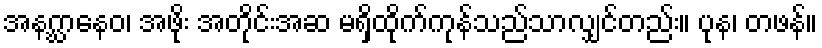
အနဂ္ဃာနေဝ၊ အဖိုး အတိုင်းအဆ မရှိထိုက်ကုန်သည်သာလျှင်တည်း။ ပုန၊ တဖန်။